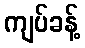
ကျပ်ခန့်